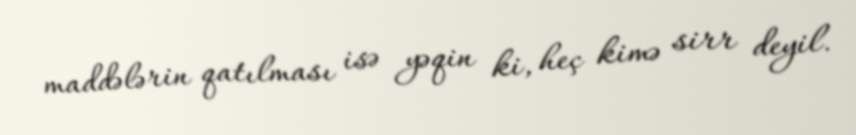
maddələrin qatılması isə yəqin ki, heç kimə sirr deyil.